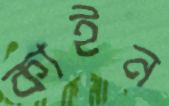
কাইন